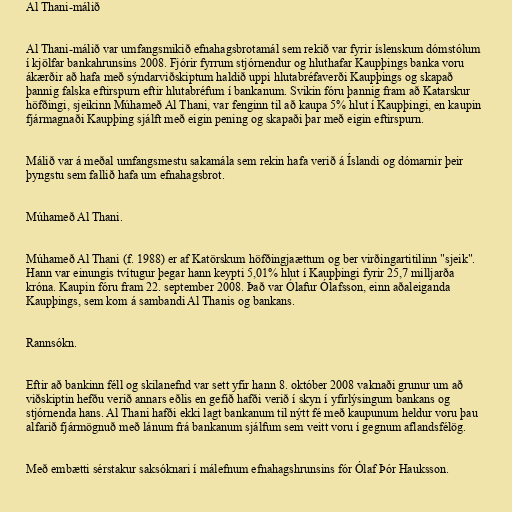
Al Thani-málið

Al Thani-málið var umfangsmikið efnahagsbrotamál sem rekið var fyrir íslenskum dómstólum
í kjölfar bankahrunsins 2008. Fjórir fyrrum stjórnendur og hluthafar Kaupþings banka voru
ákærðir að hafa með sýndarviðskiptum haldið uppi hlutabréfaverði Kaupþings og skapað
þannig falska eftirspurn eftir hlutabréfum í bankanum. Svikin fóru þannig fram að Katarskur
höfðingi, sjeikinn Múhameð Al Thani, var fenginn til að kaupa 5% hlut í Kaupþingi, en kaupin
fjármagnaði Kaupþing sjálft með eigin pening og skapaði þar með eigin eftirspurn.

Málið var á meðal umfangsmestu sakamála sem rekin hafa verið á Íslandi og dómarnir þeir
þyngstu sem fallið hafa um efnahagsbrot.

Múhameð Al Thani.

Múhameð Al Thani (f. 1988) er af Katörskum höfðingjaættum og ber virðingartitilinn "sjeik".
Hann var einungis tvítugur þegar hann keypti 5,01% hlut í Kaupþingi fyrir 25,7 milljarða
króna. Kaupin fóru fram 22. september 2008. Það var Ólafur Ólafsson, einn aðaleiganda
Kaupþings, sem kom á sambandi Al Thanis og bankans.

Rannsókn.

Eftir að bankinn féll og skilanefnd var sett yfir hann 8. október 2008 vaknaði grunur um að
viðskiptin hefðu verið annars eðlis en gefið hafði verið í skyn í yfirlýsingum bankans og
stjórnenda hans. Al Thani hafði ekki lagt bankanum til nýtt fé með kaupunum heldur voru þau
alfarið fjármögnuð með lánum frá bankanum sjálfum sem veitt voru í gegnum aflandsfélög.

Með embætti sérstakur saksóknari í málefnum efnahagshrunsins fór Ólaf Þór Hauksson.